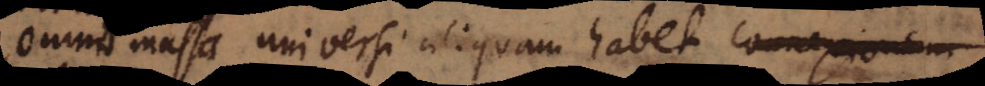
Omnis massa universi aliquam habet connexionem